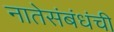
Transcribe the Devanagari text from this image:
नातेसंबंधंची